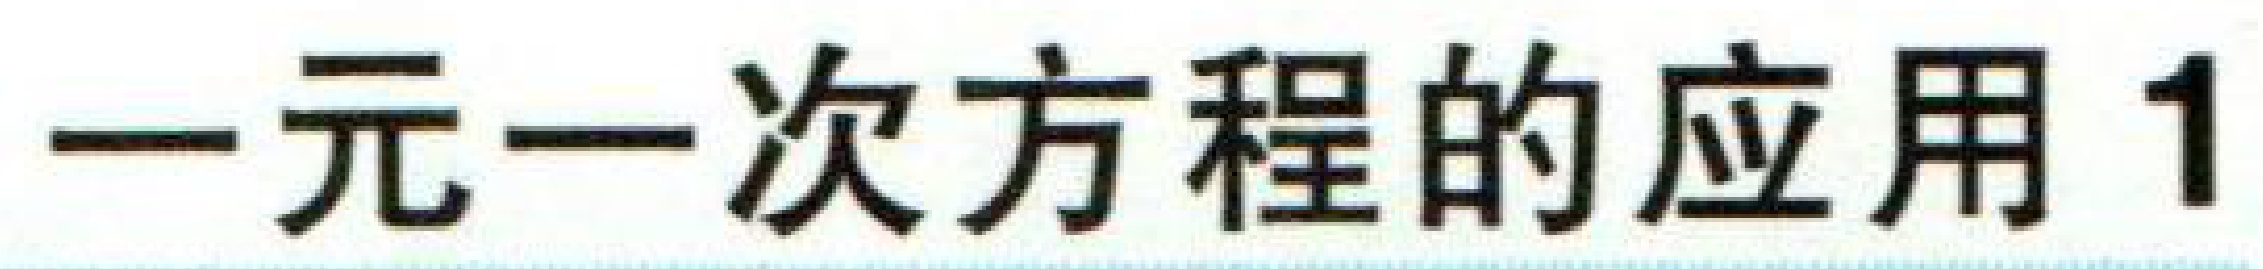
一元一次方程的应用 1